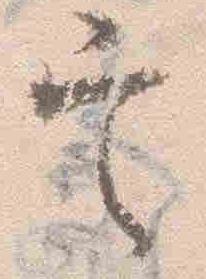
定